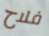
فلاح